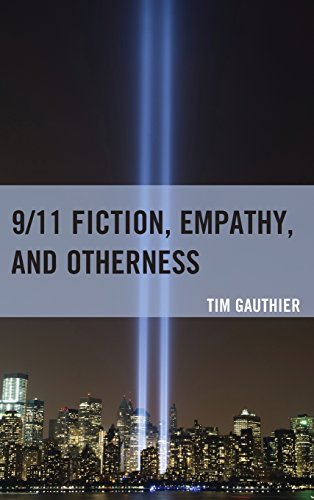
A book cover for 9/11 Fiction, Empathy, and Otherness; Tim Gauthier; Literature & Fiction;